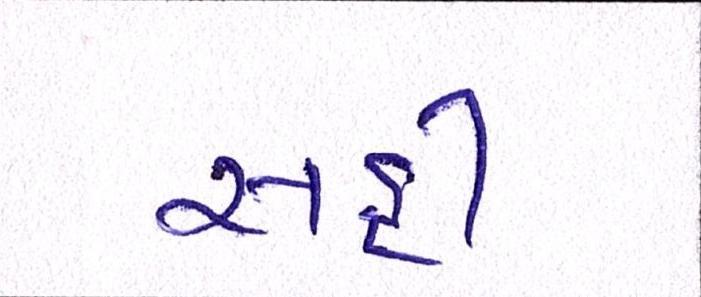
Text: સહી